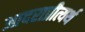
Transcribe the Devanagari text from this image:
आदराप्रीत्यर्थ